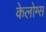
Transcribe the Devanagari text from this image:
केलोग्स